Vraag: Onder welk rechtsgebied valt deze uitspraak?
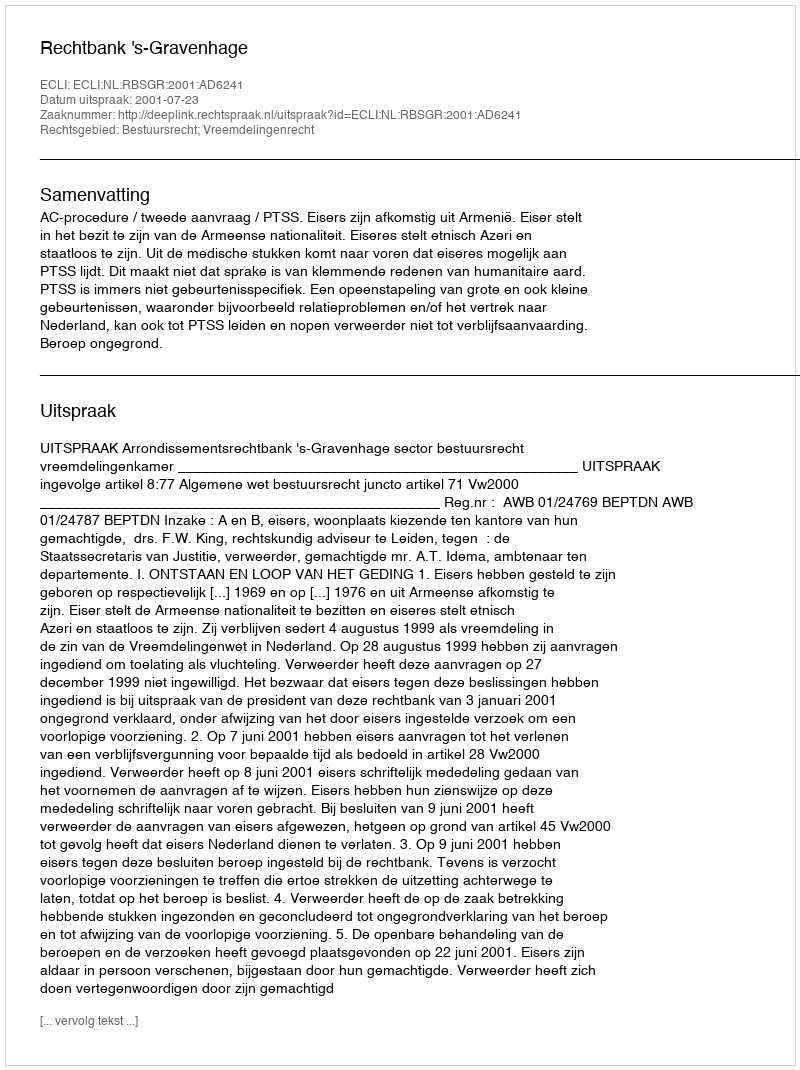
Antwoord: Bestuursrecht; Vreemdelingenrecht